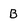
Character: B